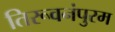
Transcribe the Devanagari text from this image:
तिरूवनंपुरम